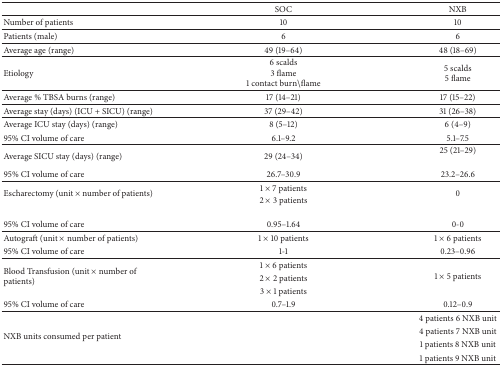
<table><thead><tr><td><b> </b></td><td><b>SOC</b></td><td><b>NXB</b></td></tr></thead><tbody><tr><td>Number of patients</td><td>10</td><td>10</td></tr><tr><td>Patients (male)</td><td>6</td><td>6</td></tr><tr><td>Average age (range)</td><td>49 (19–64)</td><td>48 (18–69)</td></tr><tr><td>Etiology</td><td>6 scalds3 flame1 contact burn∖flame</td><td>5 scalds5 flame</td></tr><tr><td>Average % TBSA burns (range)</td><td>17 (14–21)</td><td>17 (15–22)</td></tr><tr><td>Average stay (days) (ICU + SICU) (range)</td><td>37 (29–42)</td><td>31 (26–38)</td></tr><tr><td>Average ICU stay (days) (range)</td><td>8 (5–12)</td><td>6 (4–9)</td></tr><tr><td>95% CI volume of care</td><td>6.1–9.2</td><td>5.1–7.5</td></tr><tr><td>Average SICU stay (days) (range)</td><td>29 (24–34)</td><td>25 (21–29)</td></tr><tr><td>95% CI volume of care</td><td>26.7–30.9</td><td>23.2–26.6</td></tr><tr><td rowspan="2">Escharectomy (unit × number of patients)</td><td>1 × 7 patients</td><td rowspan="2">0</td></tr><tr><td>2 × 3 patients</td></tr><tr><td>95% CI volume of care</td><td>0.95–1.64</td><td>0-0</td></tr><tr><td>Autograft (unit × number of patients)</td><td>1 × 10 patients</td><td>1 × 6 patients</td></tr><tr><td>95% CI volume of care</td><td>1-1</td><td>0.23–0.96</td></tr><tr><td rowspan="3">Blood Transfusion (unit × number of patients)</td><td>1 × 6 patients</td><td rowspan="3">1 × 5 patients</td></tr><tr><td>2 × 2 patients</td></tr><tr><td>3 × 1 patients</td></tr><tr><td>95% CI volume of care</td><td>0.7–1.9</td><td>0.12–0.9</td></tr><tr><td rowspan="4">NXB units consumed per patient</td><td rowspan="4"> </td><td>4 patients 6 NXB unit</td></tr><tr><td>4 patients 7 NXB unit</td></tr><tr><td>1 patients 8 NXB unit</td></tr><tr><td>1 patients 9 NXB unit</td></tr></tbody></table>